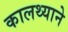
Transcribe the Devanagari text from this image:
कालथ्याने